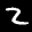
Label: 2